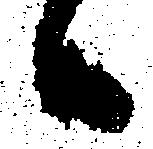
々